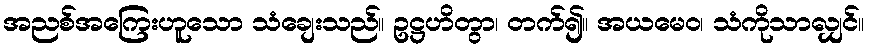
အညစ်အကြေးဟူသော သံချေးသည်။ ဥဋ္ဌဟိတွာ၊ တက်၍။ အယမေဝ၊ သံကိုသာလျှင်။